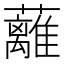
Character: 蘺